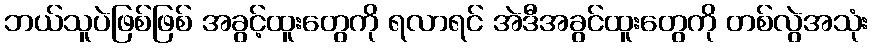
ဘယ်သူပဲဖြစ်ဖြစ် အခွင့်ထူးတွေကို ရလာရင် အဲဒီအခွင်ထူးတွေကို တစ်လွဲအသုံး